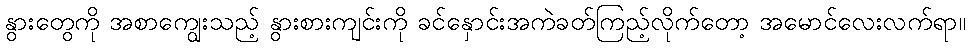
နွားတွေကို အစာကျွေးသည့် နွားစားကျင်းကို ခင်နှောင်းအကဲခတ်ကြည့်လိုက်တော့ အမောင်လေးလက်ရာ။